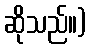
ဆိုသည်။)